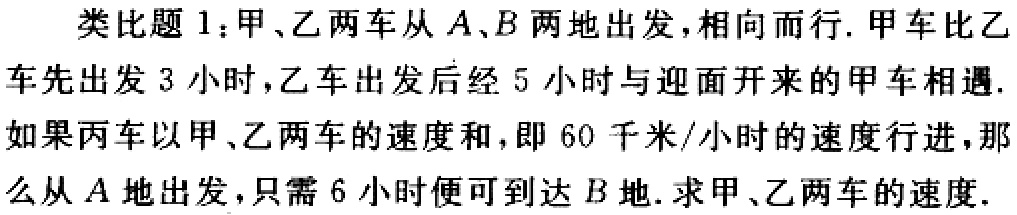
类比题1：甲、乙两车从\(A\)、\(B\)两地出发，相向而行. 甲车比乙车先出发\(3\)小时，乙车出发后经\(5\)小时与迎面开来的甲车相遇. 如果丙车以甲、乙两车的速度和，即\(60\)千米/小时的速度行进，那么从\(A\)地出发，只需\(6\)小时便可到达\(B\)地. 求甲、乙两车的速度.